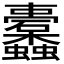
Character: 𮕛